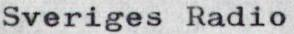
Sveriges Radio